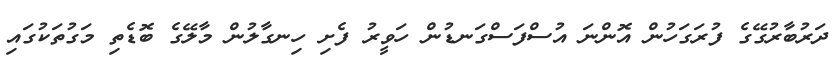
ދަރުބާރުގޭގެ ފުރަގަހުން އޮންނަ އުސްފަސްގަނޑުން ހަވީރު ފެށި ހިނގާލުން މާލޭގެ ބޮޑެތި މަގުތަކުގައި